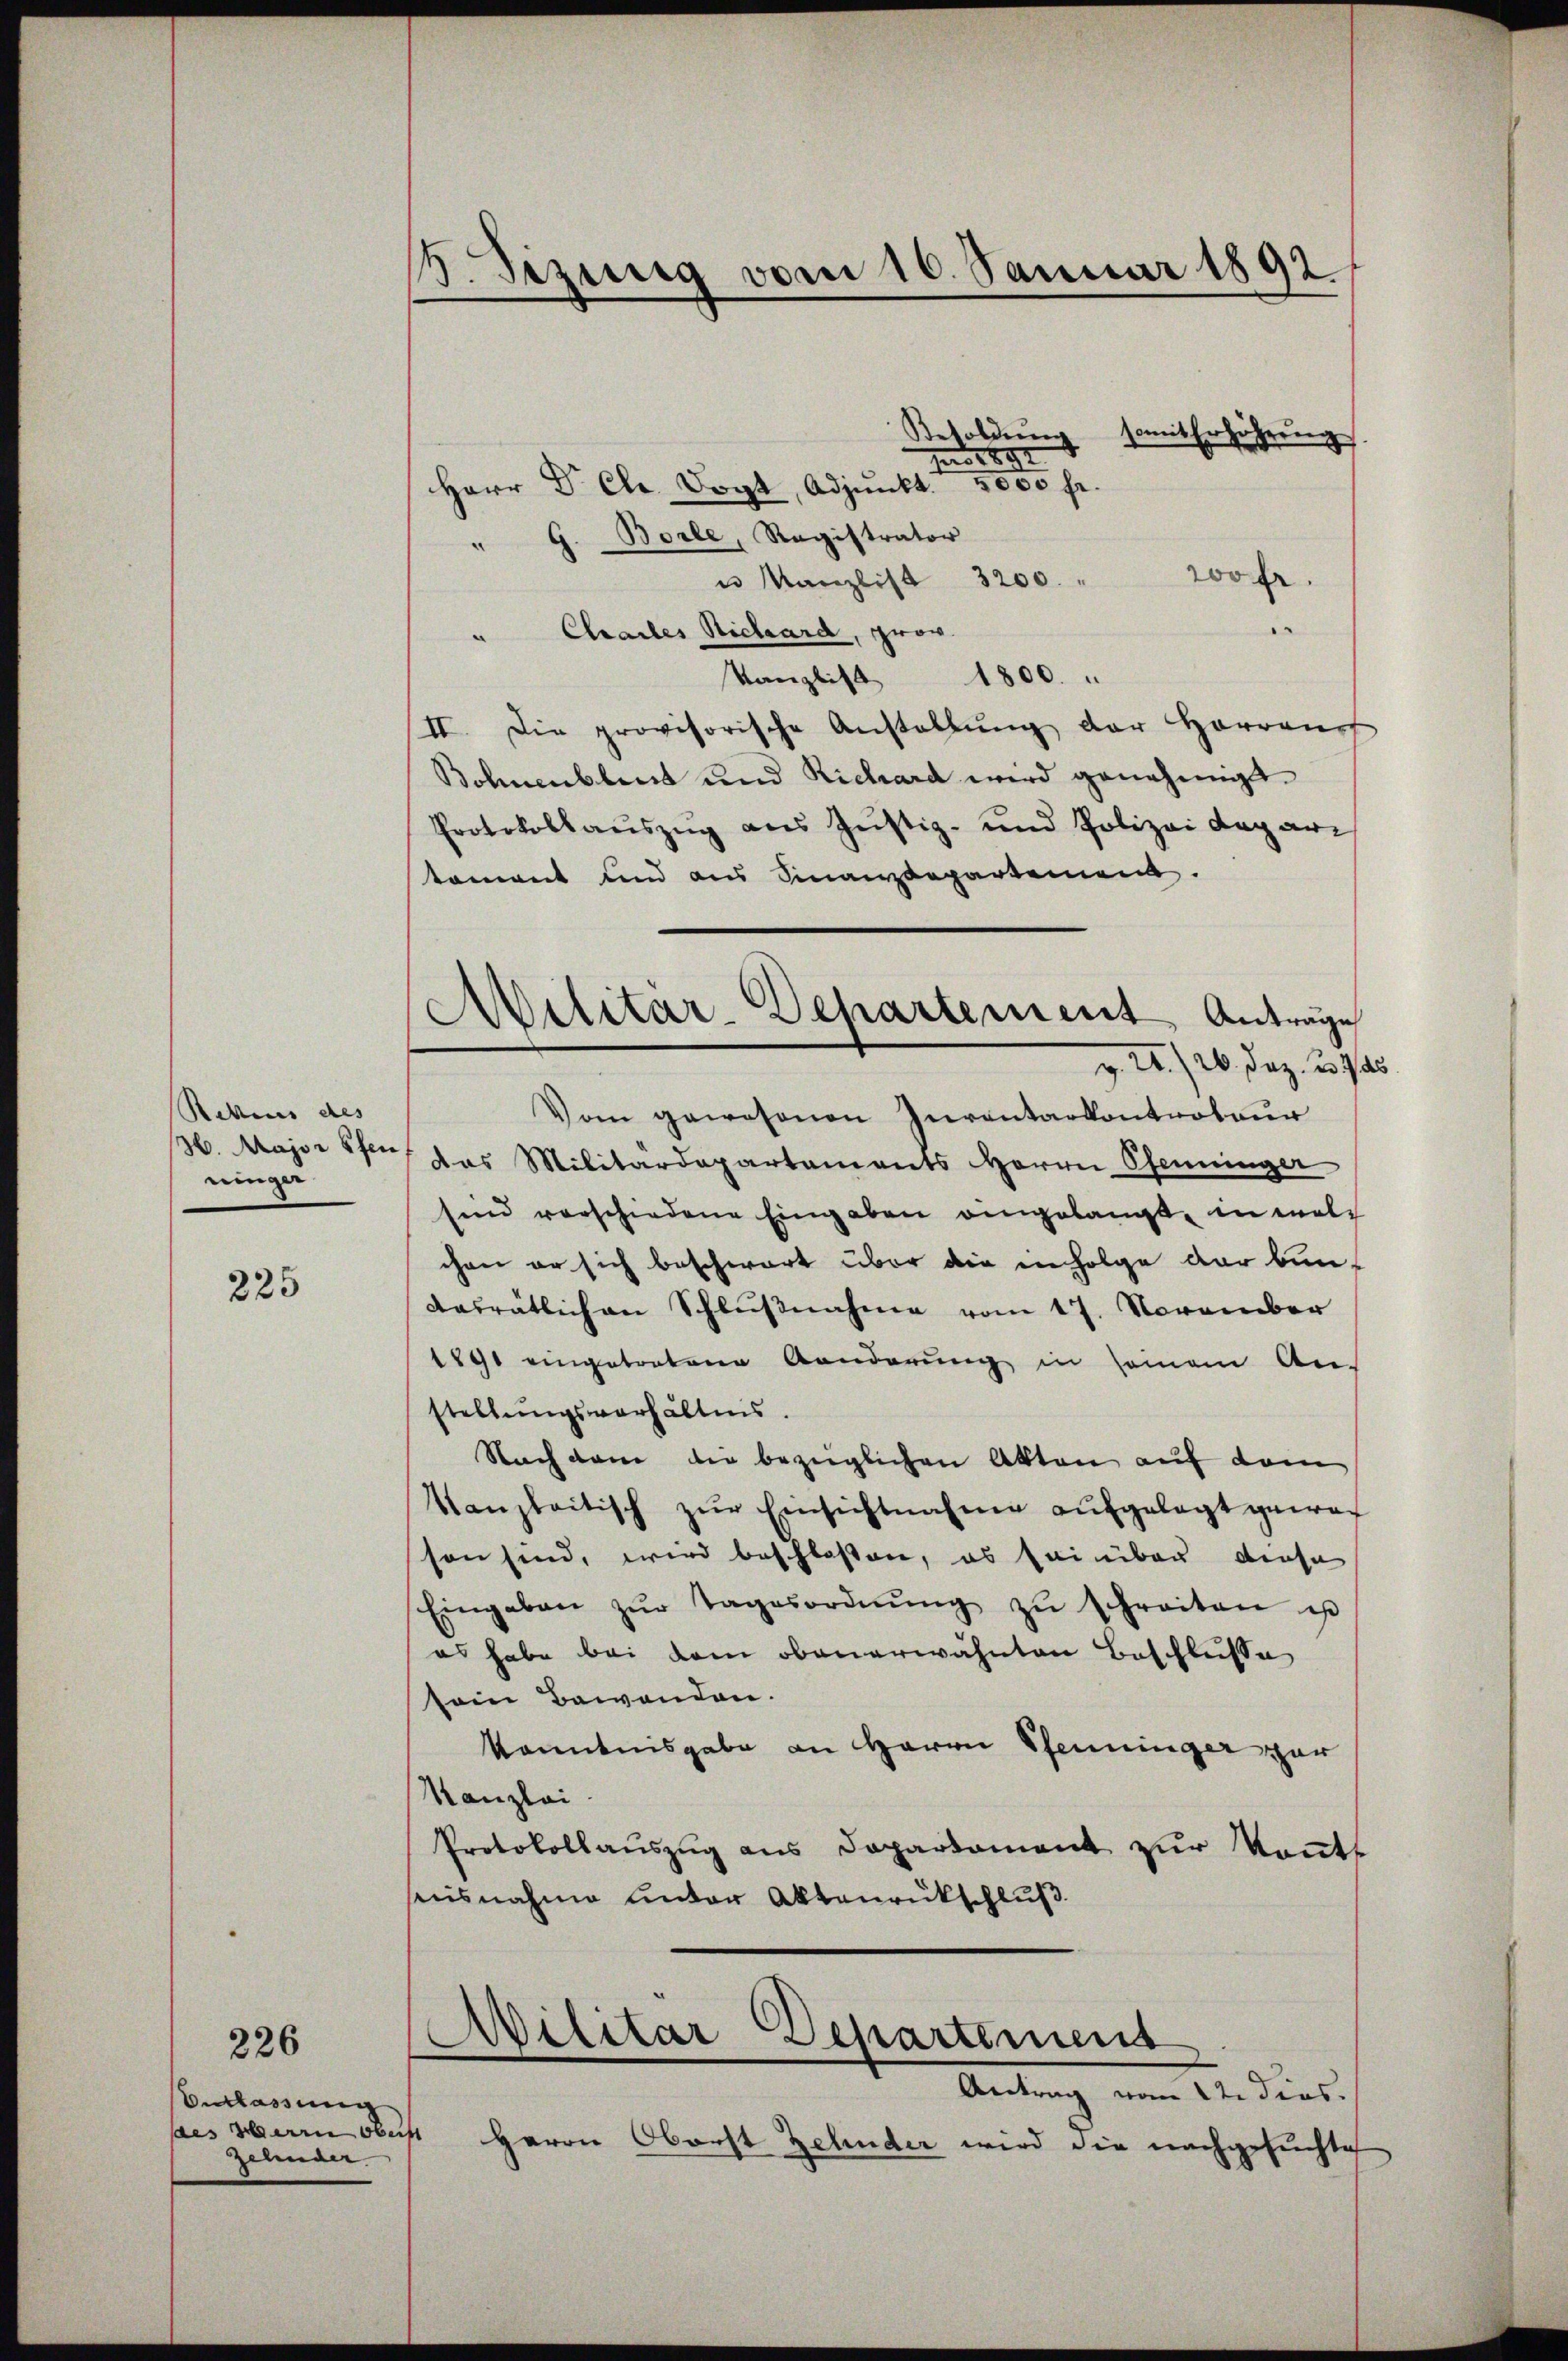
Retens des
ninger

225

Verlassung
des Herrn Oberst
zelender.

226

13. Sizung vom 16. Januar 1892.

Besoldung
zu 5 1891
Herr Dr. Chr. Dogt, Adjunkt. 5000 fr.
" G. Borle, Registrator
u Kanzlist 3200. " 200fr.
.
Clsartes Richard, prov.
Kanzlist 1800.
II. Die provisorische Anstallŭng der Harrauch
Bohnenblick und Richard wird genehmigt.
Protokollauszug aus Justiz- und Polizei Depari
toment und aus Finanzdepartement.
Vom gewesenen Inventarkontrateur
6. Major den das Militärdepartaments Herrn Pfenninger
sind verschiedene Eingaben eingelangt, in welch
chen er sich beschwart über die in Folge der bun-
dasrätlichen Schlŭβnahme vom 17. November
1891 eingetretene Kanderung in seinem Anstellungsverhältnis.
Nach dem die bezüglichen Akten auf dem
Kanzleitisch zŭr Einsichtnahme aufgelegt gewor
sson sind, wird beschloßen, es beiber diese
Eingaben zŭr Tagesordnŭng zŭ schreiten u
es habe bei dem obenerwähnten Beschlusse
sein Bewanden.
Kenntnisgabe an Herrn Pfenninger zur
Kanzlei.
Protokollauszug aus Departament zur konnte
seusnahme unter Aktenrückschluß

somit Erhöhrung

Militär-Departement Anträge
AI. 20. Dez. 375

Militar Departement

Antrag vom 12. dies.
Herrn Oberst Zehnder wird die nachgesuchte